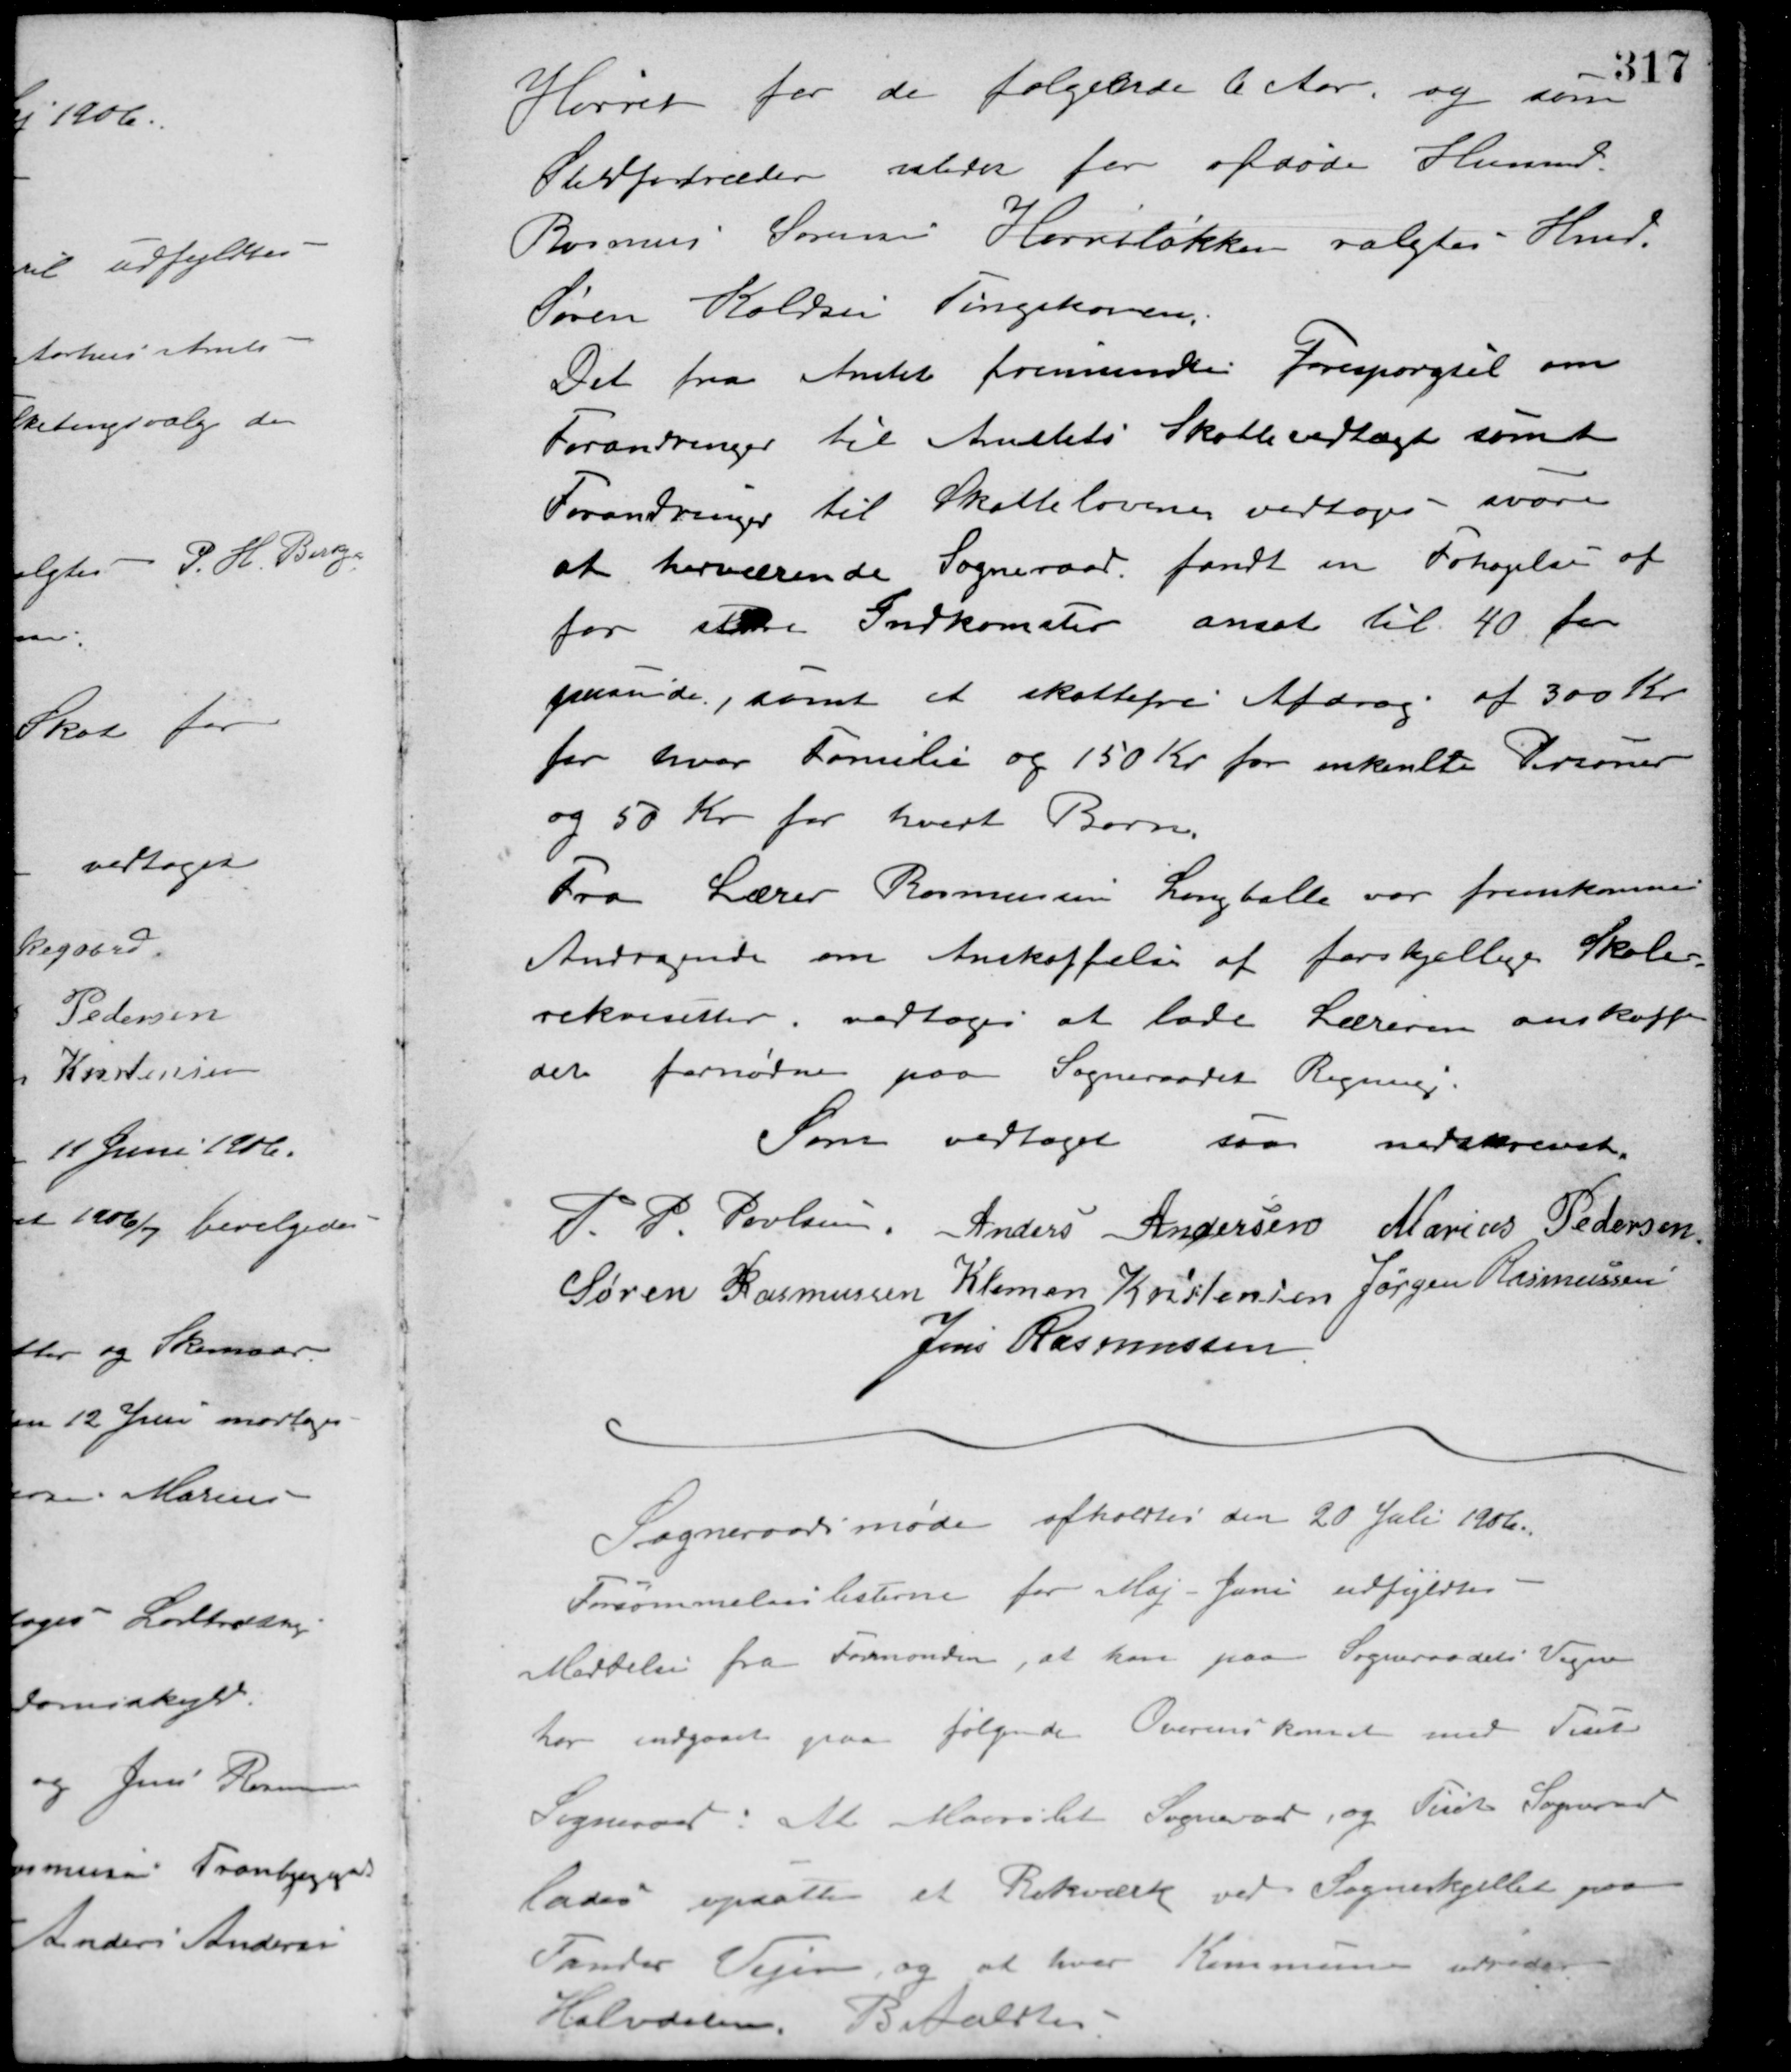
Transskription:
Hørret for de følgende 6 Aar, og som
Stedfortræder ubeder for afdøde Husmd.
Rasmus Sørensen Hørretløkken valgtes Hmd.
Søren Koldsen Tingskoven.
Det fra Amtet fremsendte Forespørgsel om
Forandringer til Amtets Skolevedtægt samt
Forandring til Skattelovene vedtoges svare
at herværende Sogneraad fandt en Forhøjelse af
for ske Indkomster ansat til 40 for
passende, samt et skattefri Afdrag af 300 Kr.
for hver Familie og 150 Kr. for enkelte Personer
og 50 Kr. for hvert Barn.
Fra Lærer Rasmussen Langballe var fremkommet
Andragende om Anskaffelse af forskjellige Skole-
rekvisitter, vedtoges at lade Læreren anskaffe
det fornødne paa Sogneraadets Regning.
Som vedtaget saa nedskrevet.
P. P. Poulsen Anders Andersen Marius Pedersen
Søren Rasmussen Klemen Kristensen Jørgen Rasmussen
Jens Rasmussen
Sogneraadsmøde afholdtes den 20 Juli 1906.
Forsømmelseslisterne for Maj - Juni udfyldtes
Meddelse fra Formanden, at han paa Sogneraadets Vegne
har indgaaet paa følgende Overenskomst med Tulstrup
Sogneraad: At Maarslet Sogneraad, og Tulstrup Sogneraad
lader opsætte et Rækværk ved Sogneskjellet paa
Funder Vejen, og at hver Kommunen udreder
Halvdelen. Betaltes